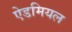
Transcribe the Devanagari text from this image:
ऐडमियल